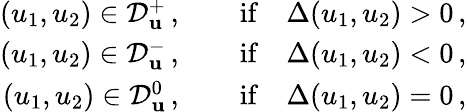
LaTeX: \begin{array}{r}{(u_{1},u_{2})\in\mathcal{D}_{\mathbf{u}}^{+}\, ,\qquad\mathrm{if}\quad\Delta(u_{1},u_{2})>0\, ,}\\ {(u_{1},u_{2})\in\mathcal{D}_{\mathbf{u}}^{-}\, ,\qquad\mathrm{if}\quad\Delta(u_{1},u_{2})<0\, ,}\\ {(u_{1},u_{2})\in\mathcal{D}_{\mathbf{u}}^{0}\, ,\qquad\mathrm{if}\quad\Delta(u_{1},u_{2})=0\, ,}\end{array}